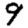
Digit: 9